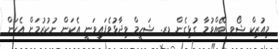
މިއުޒިކް ޝޯވ ބޭއްވުމާ ގުޅިގެން ޑރ. ޝަހީމް ވިދާޅުވެފައިވަނީ އެކަން ނުކުރުމަށް އެކަން